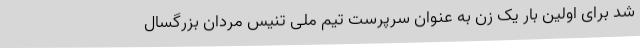
شد برای اولین بار یک زن به عنوان سرپرست تیم ملی تنیس مردان بزرگسال